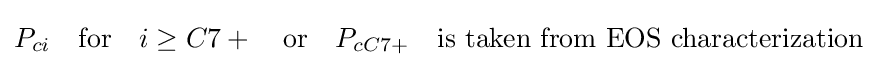
P_{ci}\quad {\text{for}}\quad i\geq C7+\quad {\text{or}}\quad P_{cC7+}\quad {\text{is taken from EOS characterization}}